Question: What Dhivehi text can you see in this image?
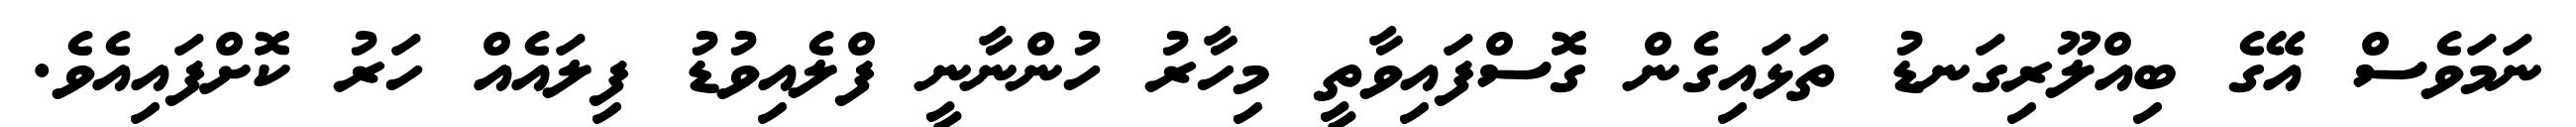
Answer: ނަމަވެސް އޭގެ ބިއްލޫރިގަނޑު ތަޅައިގެން ގޮސްފައިވާތީ މިހާރު ހުންނާނީ ފްލެއިވުޑު ފިލައެއް ހަރު ކޮށްފައިއެވެ.